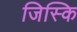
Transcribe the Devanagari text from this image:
जिस्कि